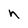
Character: n